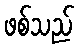
ဖစ်သည်